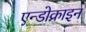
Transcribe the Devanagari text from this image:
एन्डोक्राइन